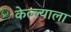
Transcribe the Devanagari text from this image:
केल्ल्याला